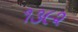
૧૩૯૨